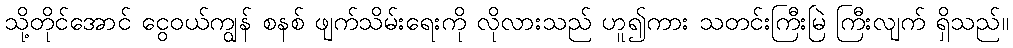
သို့တိုင်အောင် ငွေဝယ်ကျွန် စနစ် ဖျက်သိမ်းရေးကို လိုလားသည် ဟူ၍ကား သတင်းကြီးမြဲ ကြီးလျက် ရှိသည်။